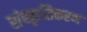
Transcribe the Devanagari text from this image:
संस्‍कृतिकरण